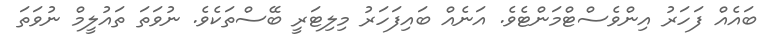
ބައެއް ފަހަރު އިންވެސްޓްމަންޓެވެ. އަނެއް ބައިފަހަރު މިލިޓަރީ ބޭސްތަކެވެ. ނުވަތަ ތައުލީމް ނުވަތަ